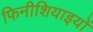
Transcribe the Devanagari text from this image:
फिनीशियाइयों